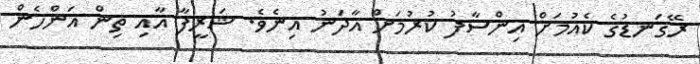
ރޭގަނޑުގެ ކެއުމަށް އިންސާފު ކުރުމަށް އާދަނު އިނެވެ. ޝަރީފާ އާއި ތިން އަންހެން